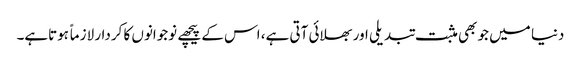
دنیا میں جو بھی مثبت تبدیلی اور بھلائی آتی ہے، اس کے پیچھے نوجوانوں کا کردار لازماً ہوتاہے۔